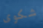
شكوى